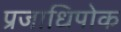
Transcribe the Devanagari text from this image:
प्रजाधिपोक